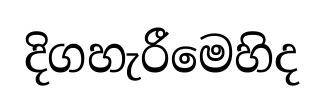
දිගහැරීමෙහිද